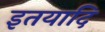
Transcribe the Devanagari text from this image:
इतयादि